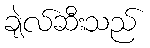
ချဲလ်ဆီးသည်